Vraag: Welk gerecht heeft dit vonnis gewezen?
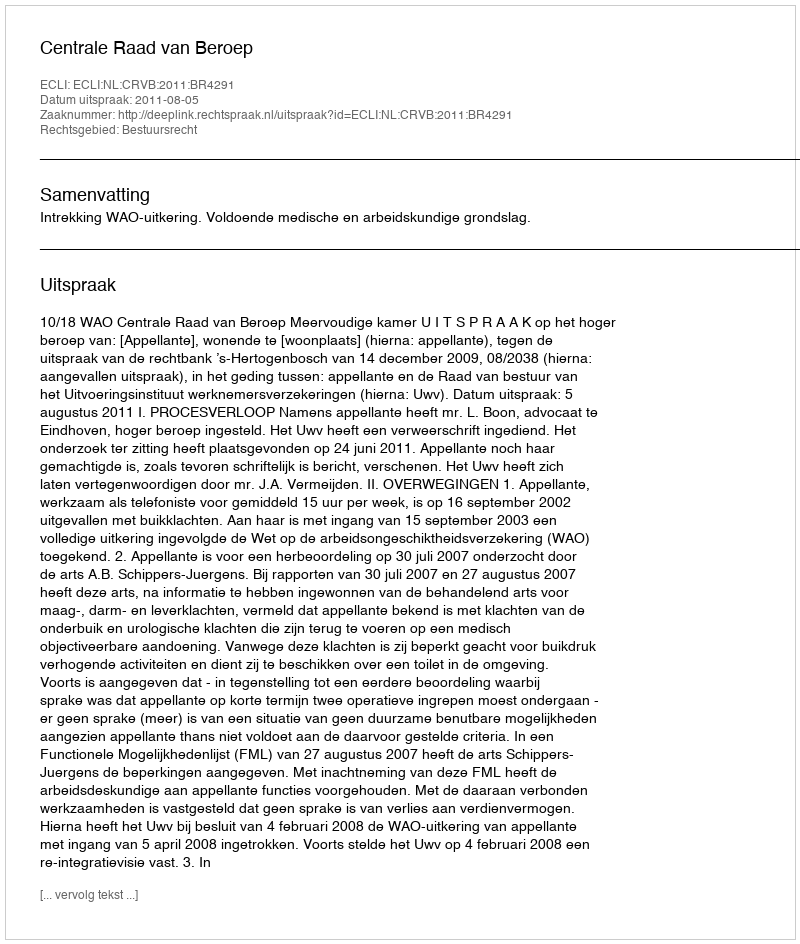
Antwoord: Centrale Raad van Beroep